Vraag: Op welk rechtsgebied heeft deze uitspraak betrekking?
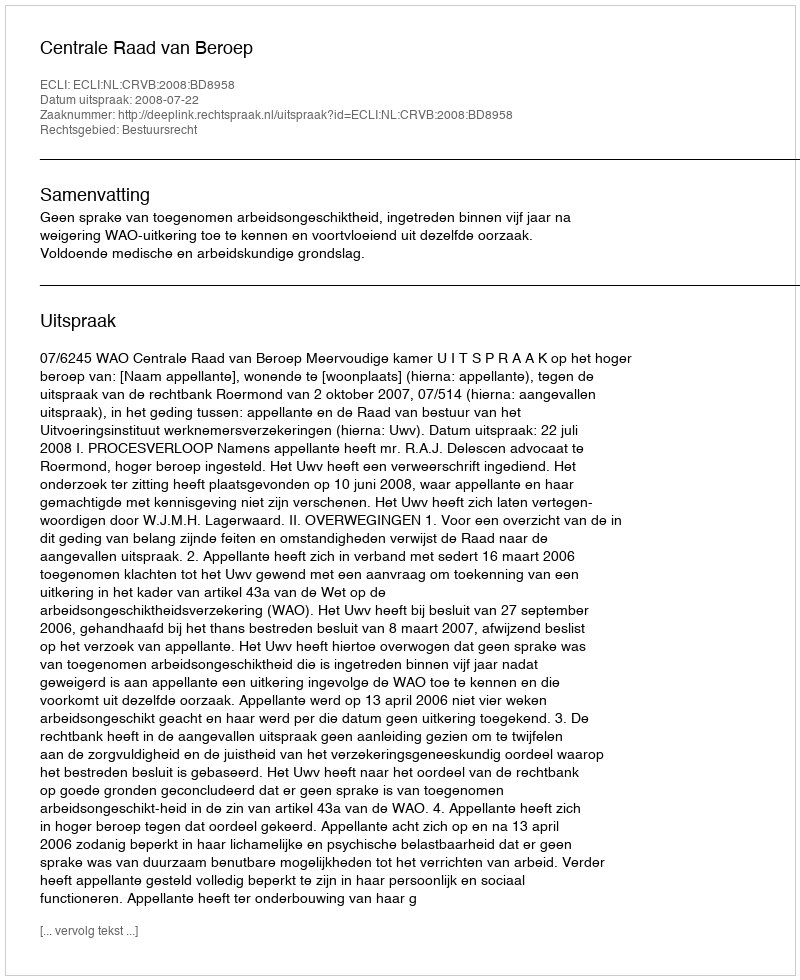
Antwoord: Bestuursrecht